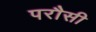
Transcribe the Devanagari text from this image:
परौसी